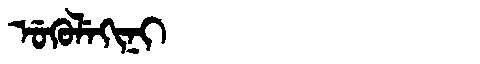
Manchu: ᡠᡴᡠᠯᡝᡴᡳᠨᡳ
Romanization: UKULEKINI